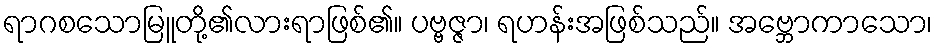
ရာဂစသောမြူတို့၏လားရာဖြစ်၏။ ပဗ္ဗဇ္ဇာ၊ ရဟန်းအဖြစ်သည်။ အဗ္ဘောကာသော၊